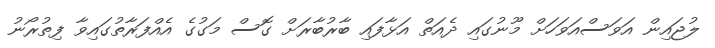
ލުޖައިން އަވަސްއަވަހަށް މޫނުގައި ދެއަތް އަޅާފައި ބާރުބާރަށް ގޮސް މަގުގެ އެއްފަރާތުގައިވާ ފިތުރޯނު